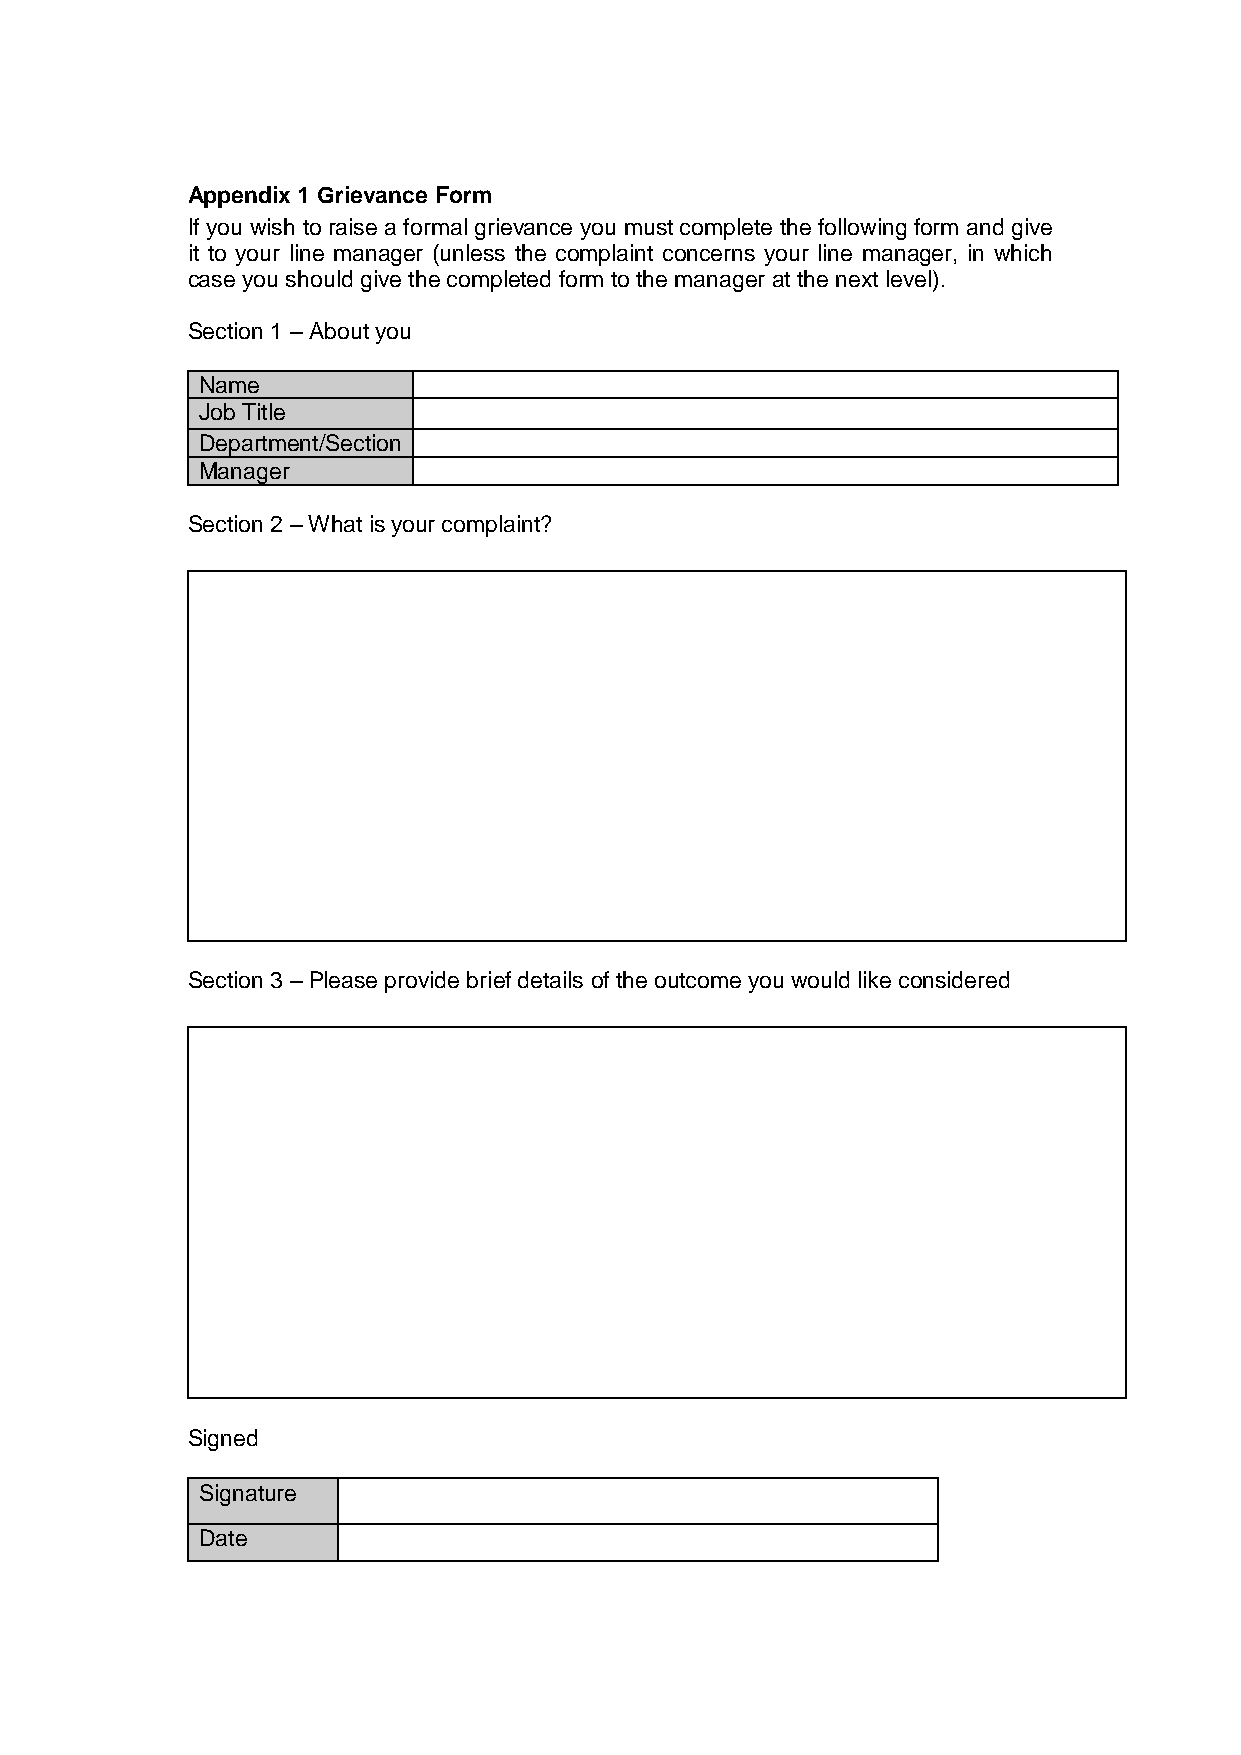
Appendix 1 Grievance Form
 If you wish to raise a formal grievance you must complete the following form and give
 it to your line manager (unless the complaint concerns your line manager, in which
 case you should give the completed form to the manager at the next level).
 Section 1 – About you
 Name
 Job Title
 Department/Section
 Manager
 Section 2 – What is your complaint?
 Section 3 – Please provide brief details of the outcome you would like considered
 Signed
 Signature
 Date